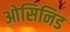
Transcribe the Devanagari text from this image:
ओसिनिड